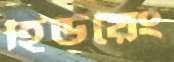
হিউয়েং